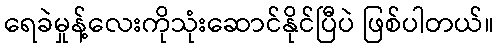
ရေခဲမှုန့်လေးကိုသုံးဆောင်နိုင်ပြီပဲ ဖြစ်ပါတယ်။